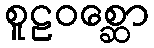
စူဠဝစ္ဆော